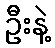
ဦးနဲ့